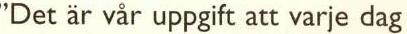
'Det är vår uppgift att varje dag